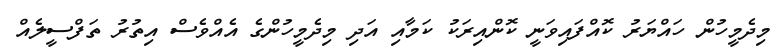
މިދެމީހުން ހައްޔަރު ކޮއްފައިވަނީ ކޮންއިރަކު ކަމާއި އަދި މިދެމީހުންގެ އެއްވެސް އިތުރު ތަފްސީލެއް